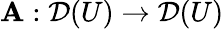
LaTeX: \mathbf{A}:{\mathcal{{D}}}(U)\to{\mathcal{{D}}}(U)